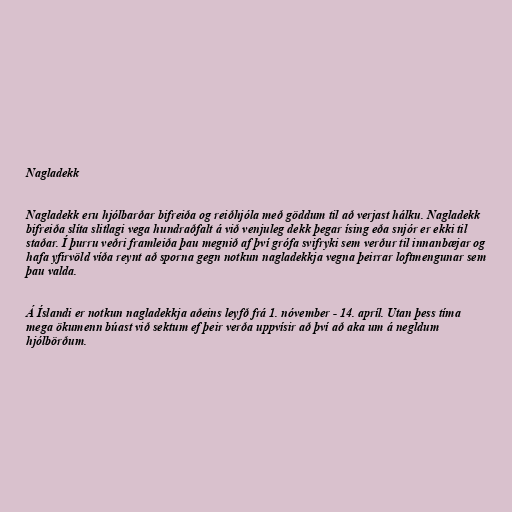
Nagladekk

Nagladekk eru hjólbarðar bifreiða og reiðhjóla með göddum til að verjast hálku. Nagladekk
bifreiða slíta slitlagi vega hundraðfalt á við venjuleg dekk þegar ísing eða snjór er ekki til
staðar. Í þurru veðri framleiða þau megnið af því grófa svifryki sem verður til innanbæjar og
hafa yfirvöld víða reynt að sporna gegn notkun nagladekkja vegna þeirrar loftmengunar sem
þau valda.

Á Íslandi er notkun nagladekkja aðeins leyfð frá 1. nóvember - 14. apríl. Utan þess tíma
mega ökumenn búast við sektum ef þeir verða uppvísir að því að aka um á negldum
hjólbörðum.